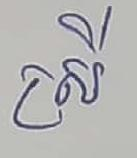
ស្រី